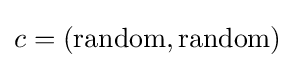
c=({\text{random}},{\text{random}})